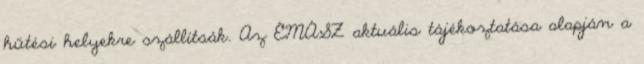
hűtési helyekre szállítsák. Az ÉMÁSZ aktuális tájékoztatása alapján a